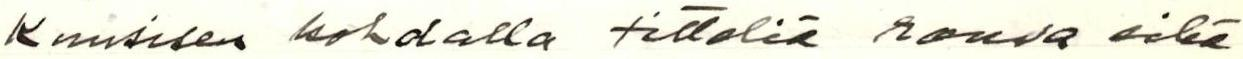
Kuusisen kohdalla titteliä rouva eikä